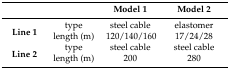
<table><thead><tr><td colspan="2"></td><td><b>Model 1</b></td><td><b>Model 2</b></td></tr></thead><tbody><tr><td rowspan="2"><b>Line 1</b></td><td>type</td><td>steel cable</td><td>elastomer</td></tr><tr><td>length (m)</td><td>120/140/160</td><td>17/24/28</td></tr><tr><td rowspan="2"><b>Line 2</b></td><td>type</td><td>steel cable</td><td>steel cable</td></tr><tr><td>length (m)</td><td>200</td><td>280</td></tr></tbody></table>